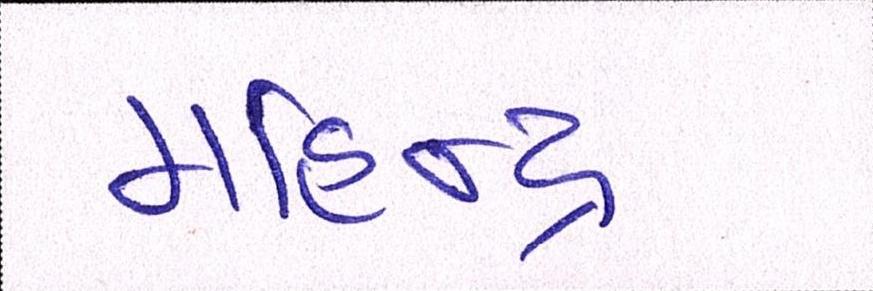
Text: મહિન્દ્રા